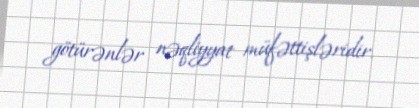
götürənlər nəqliyyat müfəttişləridir.